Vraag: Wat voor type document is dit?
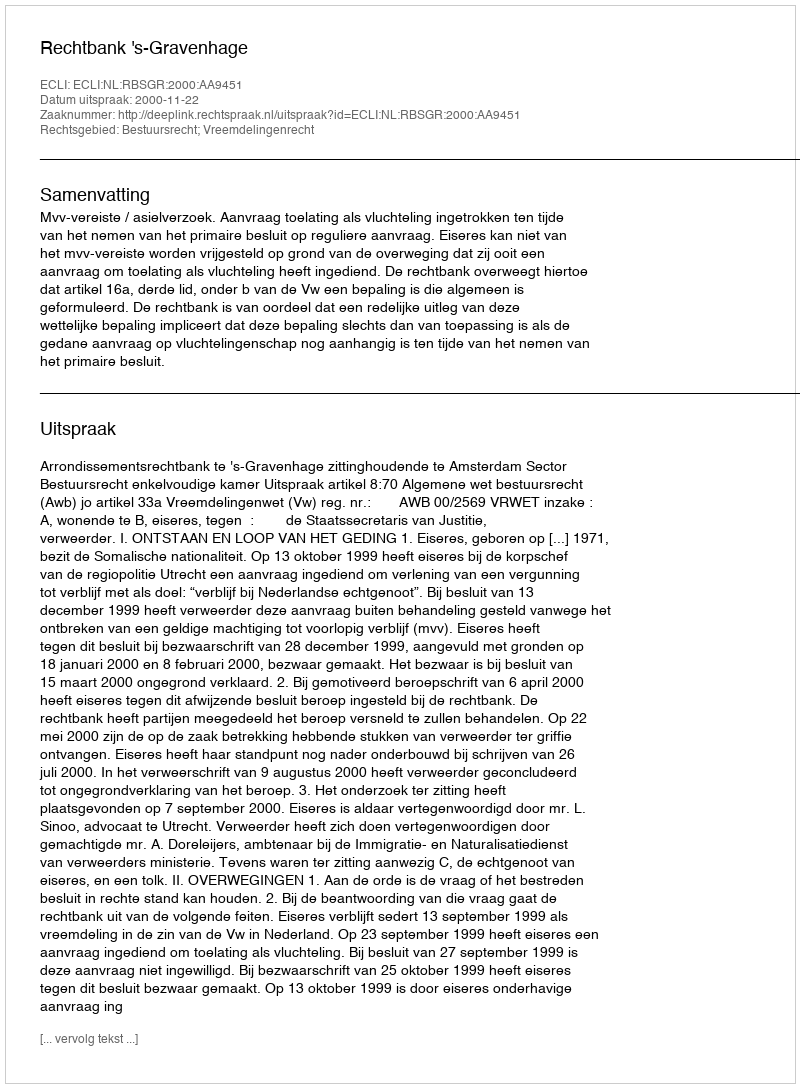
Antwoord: Uitspraak